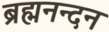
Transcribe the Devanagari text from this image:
ब्रह्मनन्दन